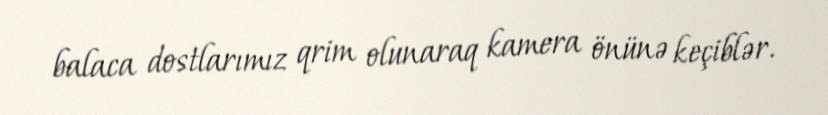
balaca dostlarımız qrim olunaraq kamera önünə keçiblər.